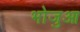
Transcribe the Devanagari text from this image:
भोजुआ